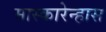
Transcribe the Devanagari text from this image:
मास्कारेन्हास